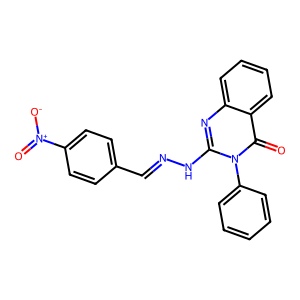
SMILES: O=c1c2ccccc2nc(NN=Cc2ccc([N+](=O)[O-])cc2)n1-c1ccccc1
Inhibits HIV replication: No